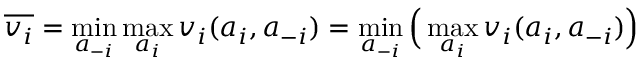
{ \overline { { v _ { i } } } } = \operatorname* { m i n } _ { a _ { - i } } \operatorname* { m a x } _ { a _ { i } } { v _ { i } ( a _ { i } , a _ { - i } ) } = \operatorname* { m i n } _ { a _ { - i } } { \Big ( } \operatorname* { m a x } _ { a _ { i } } { v _ { i } ( a _ { i } , a _ { - i } ) } { \Big ) }